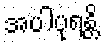
အပါပုရန္တိ